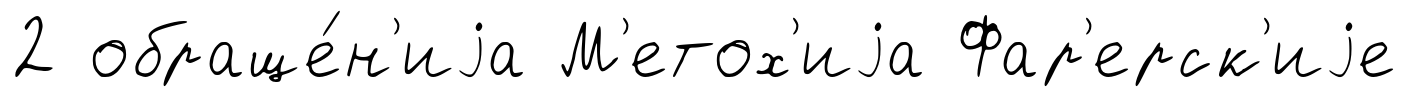
2 обраще́н'иjа М'етох'иjа Фар'ерск'иjе